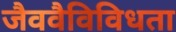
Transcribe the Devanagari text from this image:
जैववैविविधता